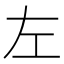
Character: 左